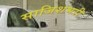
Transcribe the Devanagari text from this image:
साजिशभरी